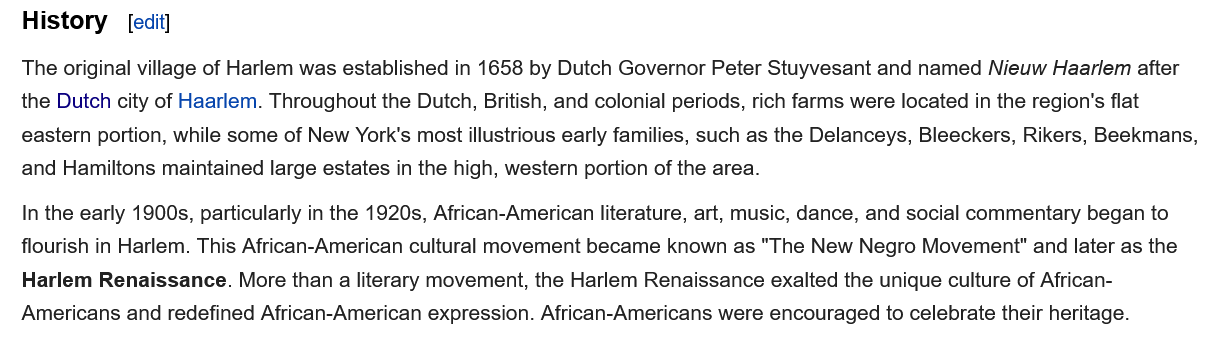
History  [edit]
   The original village of Harlem was established in 1658 by Dutch Governor Peter Stuyvesant and named Nieuw Haarlem after
   the Dutch city of Haarlem. Throughout the Dutch, British, and colonial periods, rich farms were located in the region's flat
   eastern portion, while some of New York's most illustrious early families, such as the Delanceys, Bleeckers, Rikers, Beekmans,
   and Hamiltons maintained large estates in the high, western portion of the area.
   In the early 1900s, particularly in the 1920s, African-American literature, art, music, dance, and social commentary began to
   flourish in Harlem. This African-American cultural movement became known as "The New Negro Movement" and later as the
   Harlem Renaissance. More than a literary movement, the Harlem Renaissance exalted the unique culture of African-
   Americans and redefined African-American expression. African-Americans were encouraged to celebrate their heritage.